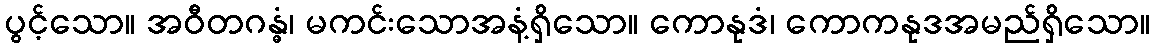
ပွင့်သော။ အဝီတဂန္ဓံ၊ မကင်းသောအနံ့ရှိသော။ ကောနုဒံ၊ ကောကနုဒအမည်ရှိသော။